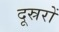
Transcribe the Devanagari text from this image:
दूस्ररों